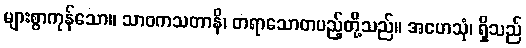
များစွာကုန်သော။ သာဝကသတာနိ၊ တရာသောတပည့်တို့သည်။ အဟေသုံ၊ ရှိသည်